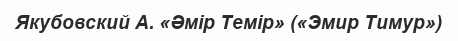
Якубовский А. «Әмір Темір» («Эмир Тимур»)